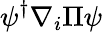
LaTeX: \psi^{\dagger}\nabla_{i}\Pi\psi